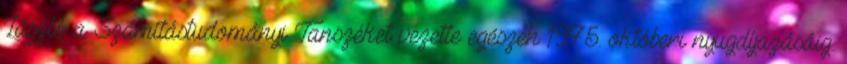
László a Számítástudományi Tanszéket vezette egészen 1975. októberi nyugdíjazásáig.